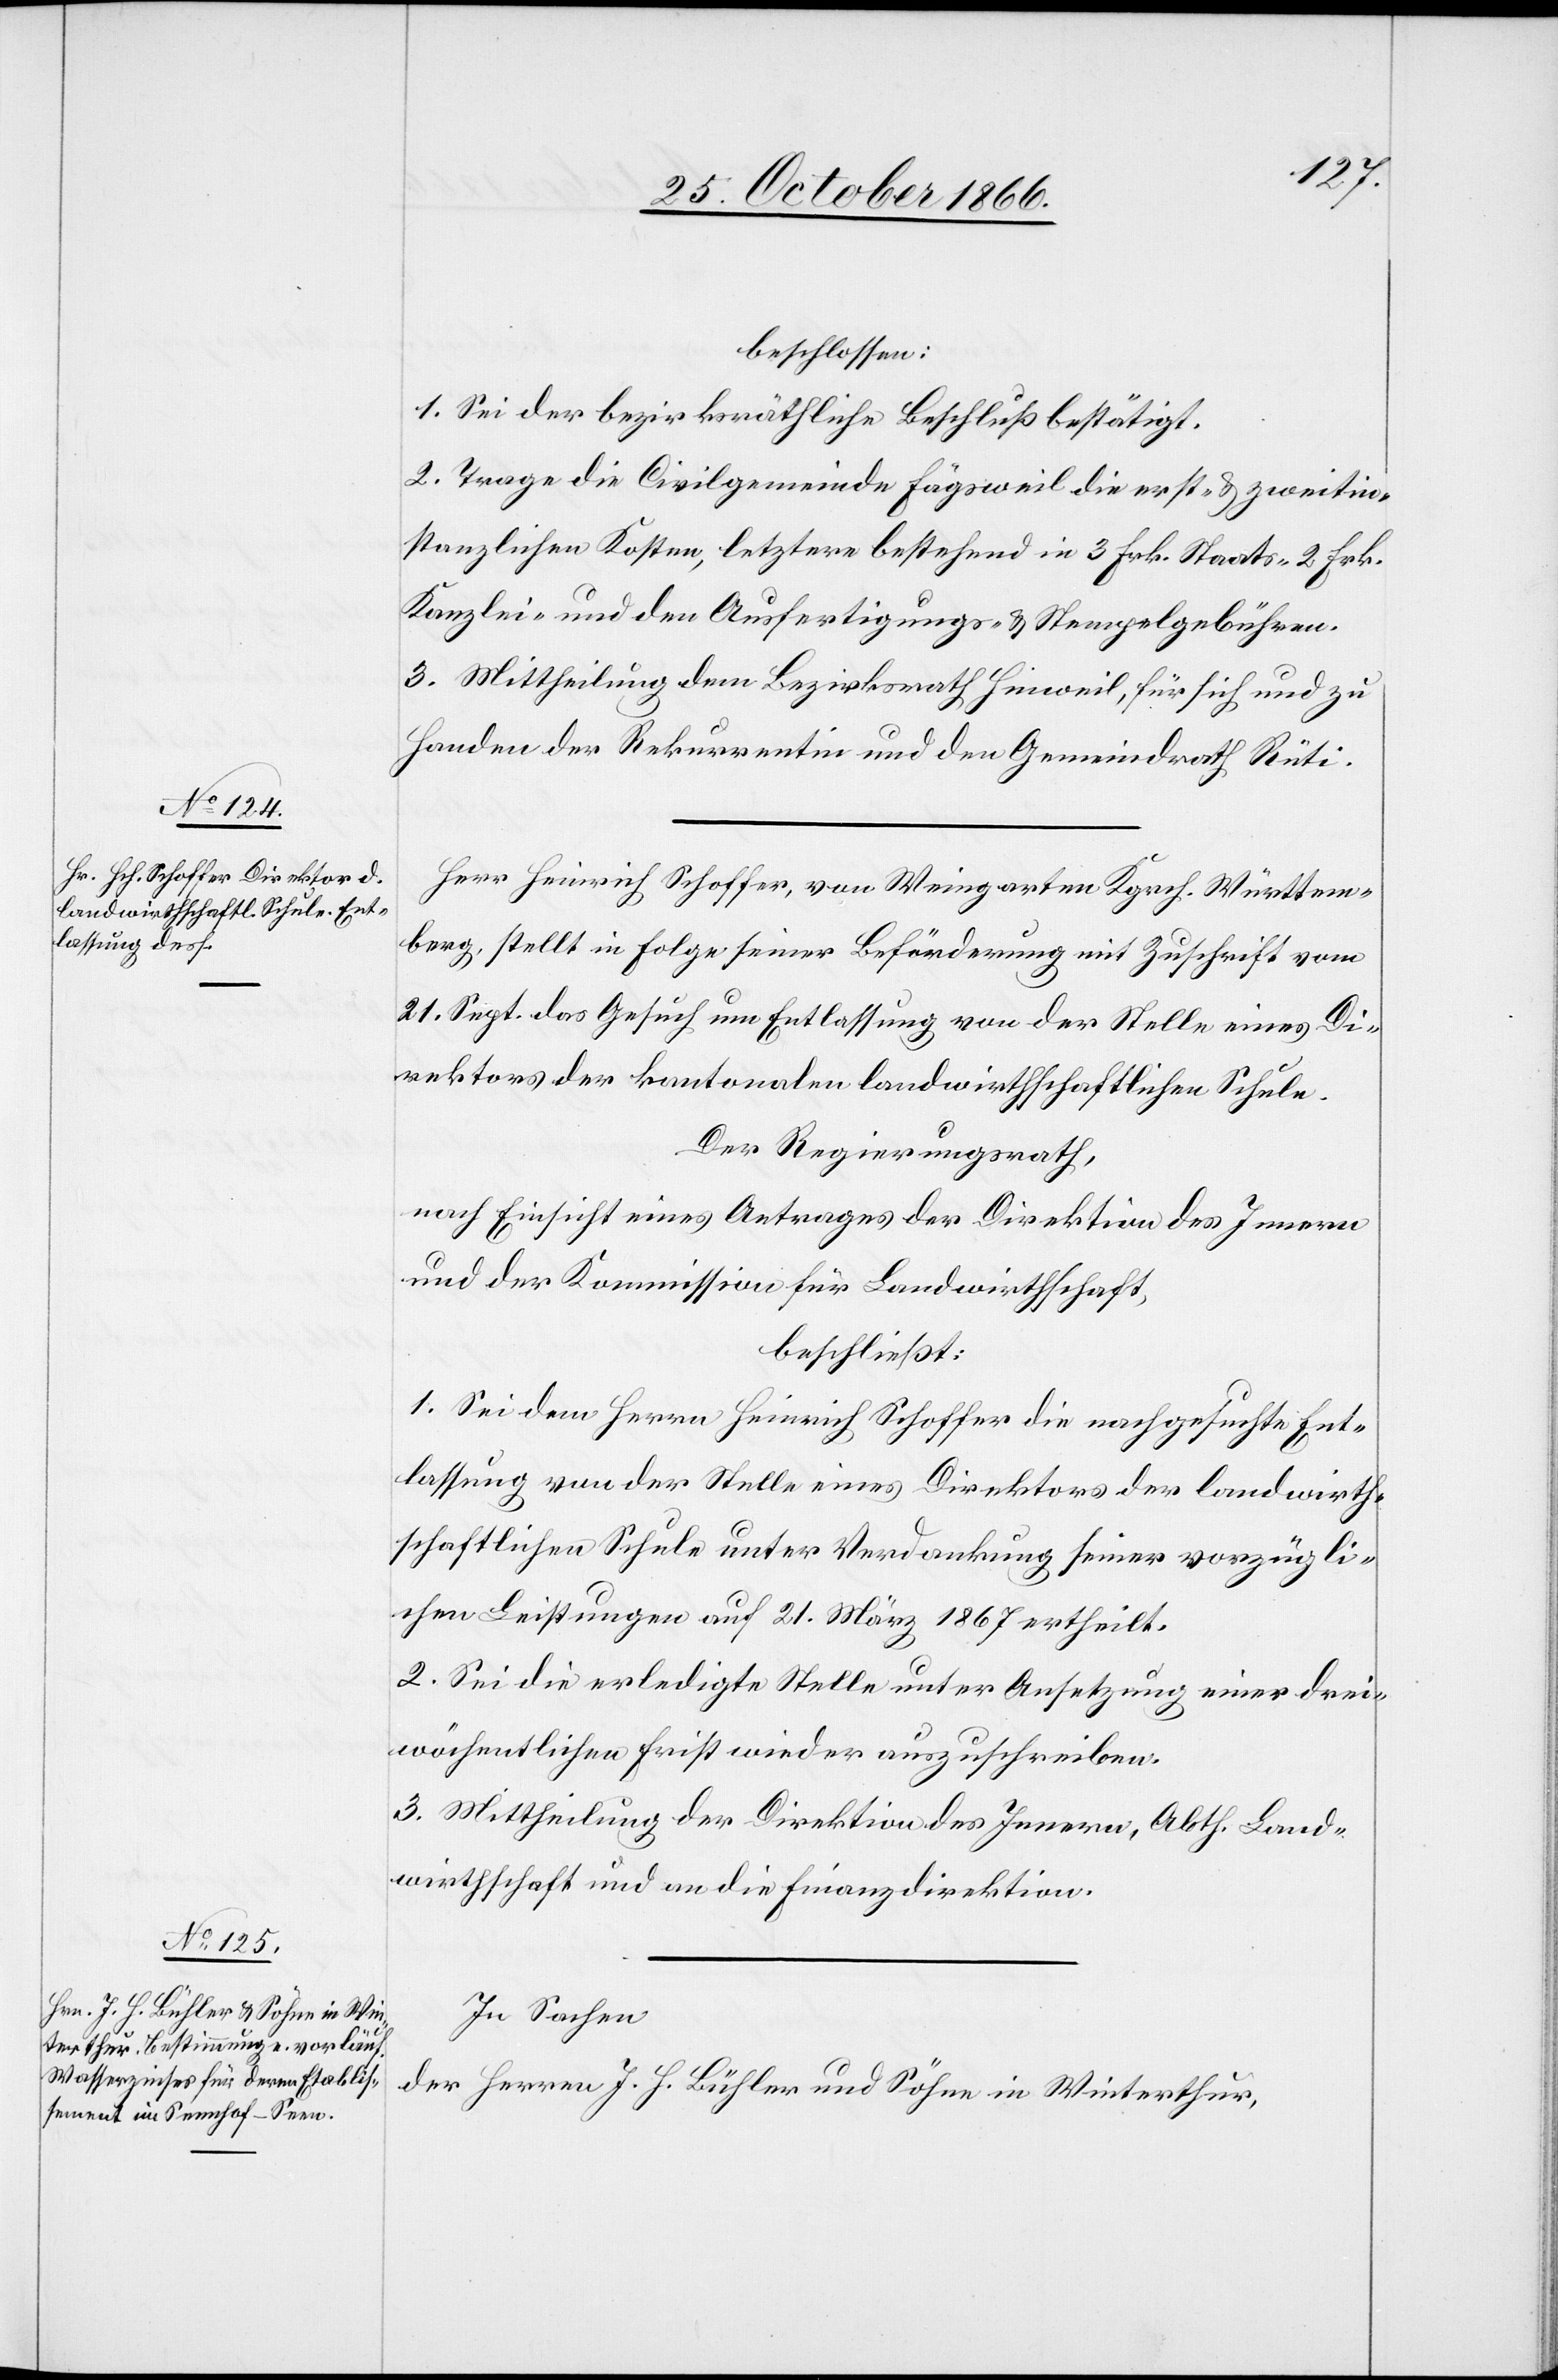
beschlossen:
1. Sei der bezirksräthliche Beschluß bestätigt.
2. Trage die Civilgemeinde Fägsweil die erst- & zweitin¬
stanzlichen Kosten, letztere bestehend in 3 Frk. Staats- 2 Frk.
Kanzlei- und den Ausfertigungs- & Stempelgebühren.
3. Mittheilung dem Bezirksrath Hinweil, für sich und zu
Handen der Rekurrentin und den Gemeindrath Rüti.
Herr Heinrich Schoffer, von Weingarten Kgrch. Württem¬
berg, stellt in Folge seiner Beförderung mit Zuschrift vom
21. Sept. das Gesuch um Entlassung von der Stelle eines Di¬
rektors der kantonalen landwirthschaftlichen Schule.
Der Regierungsrath,
nach Einsicht eines Antrages der Direktion des Innern
und der Kommission für Landwirthschaft,
beschließt:
1. Sei dem Herrn Heinrich Schoffer die nachgesuchte Ent¬
lassung von der Stelle eines Direktors der landwirth¬
schaftlichen Schule unter Verdankung seiner vorzügli¬
chen Leistungen auf 21. März 1867 ertheilt.
2. Sei die erledigte Stelle unter Ansetzung einer drei¬
wöchentlichen Frist wieder auszuschreiben.
3. Mittheilung der Direktion des Innern, Abth. Land¬
wirthschaft und an die Finanzdirektion.